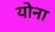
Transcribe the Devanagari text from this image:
योना